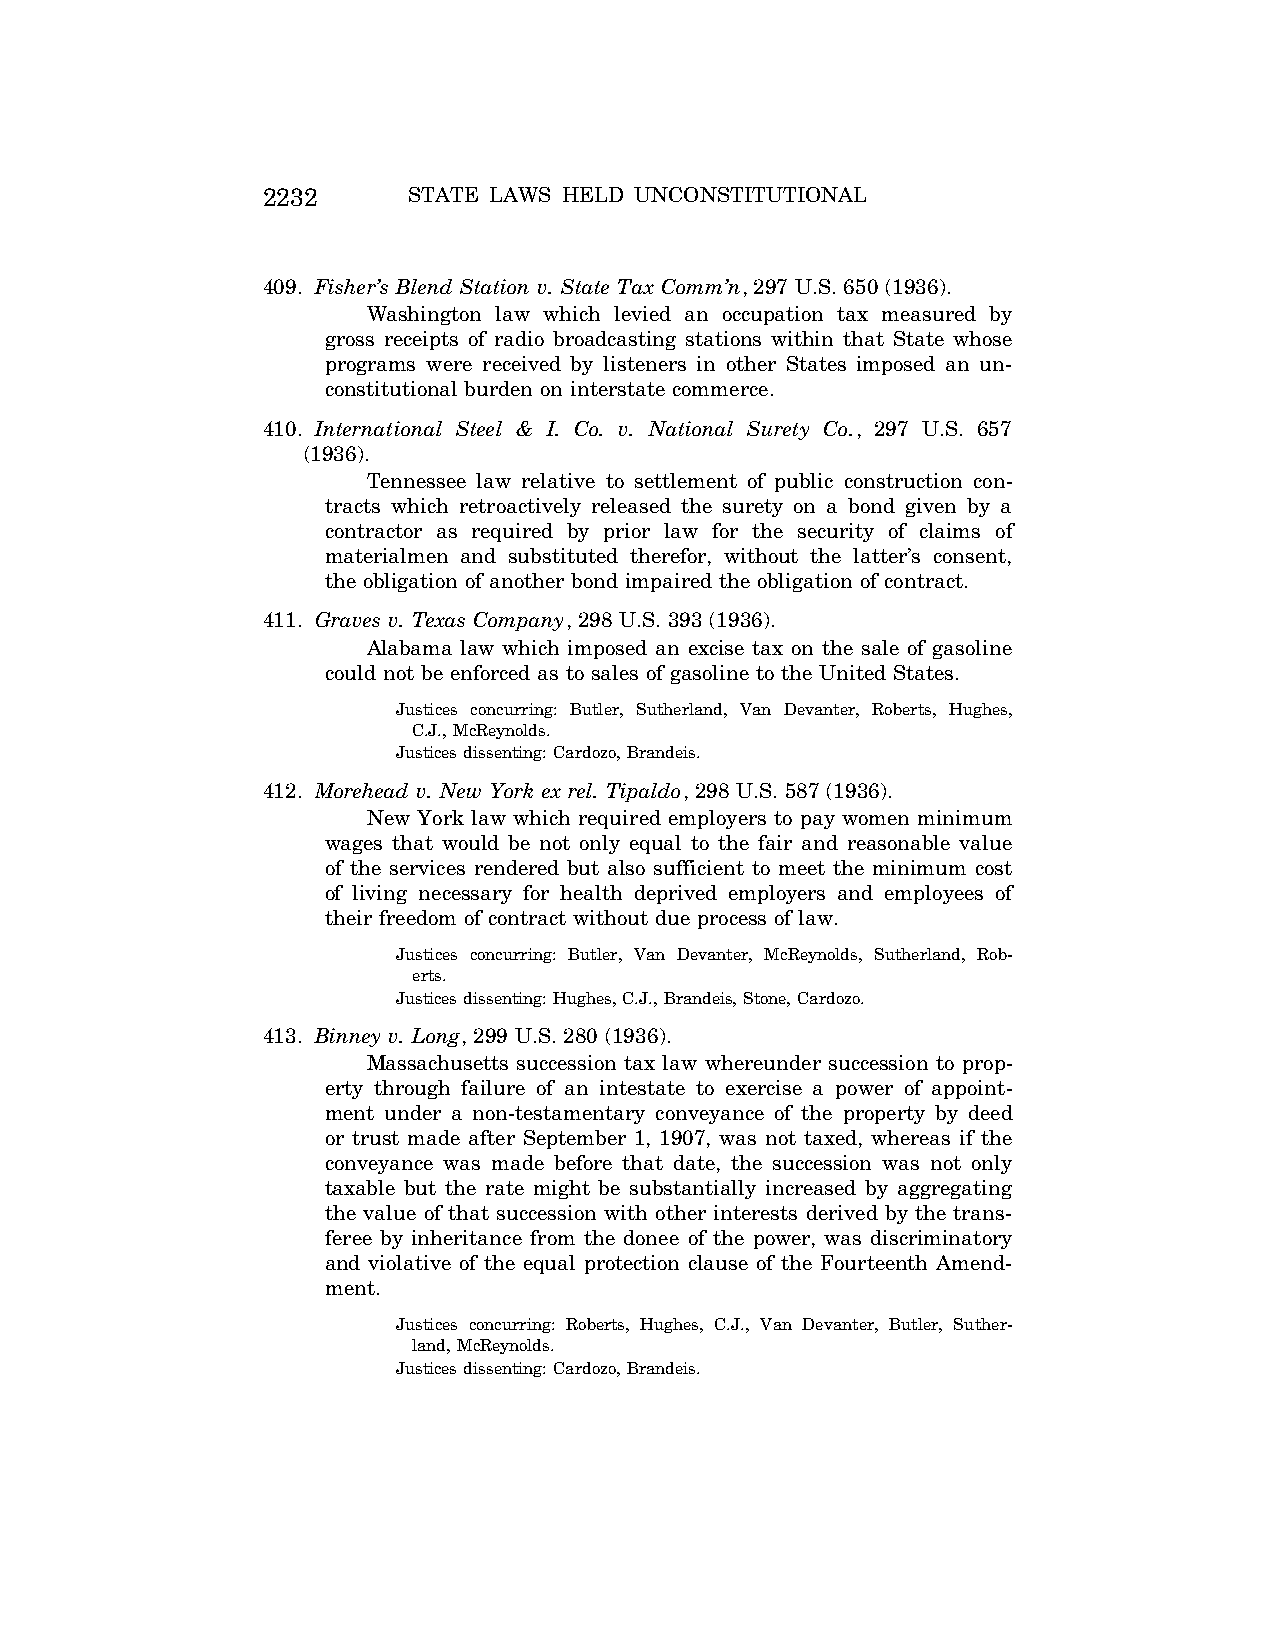
2232      STATE LAWS HELD UNCONSTITUTIONAL
 409. Fisher’s Blend Station v. State Tax Comm’n, 297 U.S. 650 (1936).
 Washington law which levied an occupation tax measured by
 gross receipts of radio broadcasting stations within that State whose
 programs were received by listeners in other States imposed an un-
 constitutional burden on interstate commerce.
 410. International Steel & I. Co. v. National Surety Co., 297 U.S. 657
 (1936).
 Tennessee law relative to settlement of public construction con-
 tracts which retroactively released the surety on a bond given by a
 contractor as required by prior law for the security of claims of
 materialmen and substituted therefor, without the latter’s consent,
 the obligation of another bond impaired the obligation of contract.
 411. Graves v. Texas Company, 298 U.S. 393 (1936).
 Alabama law which imposed an excise tax on the sale of gasoline
 could not be enforced as to sales of gasoline to the United States.
 Justices concurring: Butler, Sutherland, Van Devanter, Roberts, Hughes,
 C.J., McReynolds.
 Justices dissenting: Cardozo, Brandeis.
 412. Morehead v. New York ex rel. Tipaldo, 298 U.S. 587 (1936).
 New York law which required employers to pay women minimum
 wages that would be not only equal to the fair and reasonable value
 of the services rendered but also sufficient to meet the minimum cost
 of living necessary for health deprived employers and employees of
 their freedom of contract without due process of law.
 Justices concurring: Butler, Van Devanter, McReynolds, Sutherland, Rob-
 erts.
 Justices dissenting: Hughes, C.J., Brandeis, Stone, Cardozo.
 413. Binney v. Long, 299 U.S. 280 (1936).
 Massachusetts succession tax law whereunder succession to prop-
 erty through failure of an intestate to exercise a power of appoint-
 ment under a non-testamentary conveyance of the property by deed
 or trust made after September 1, 1907, was not taxed, whereas if the
 conveyance was made before that date, the succession was not only
 taxable but the rate might be substantially increased by aggregating
 the value of that succession with other interests derived by the trans-
 feree by inheritance from the donee of the power, was discriminatory
 and violative of the equal protection clause of the Fourteenth Amend-
 ment.
 Justices concurring: Roberts, Hughes, C.J., Van Devanter, Butler, Suther-
 land, McReynolds.
 Justices dissenting: Cardozo, Brandeis.
 VerDate Aug<04>2004 12:57 Aug 23, 2004 Jkt 077500 PO 00000 Frm 00072 Fmt 8222 Sfmt 8222 C:\CONAN\CON064.SGM PRFM99 PsN: CON064